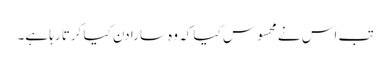
تب اس نے محسوس کیا کہ وہ سارا دن کیا کرتا رہا ہے۔